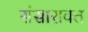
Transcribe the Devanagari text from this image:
संसारावत